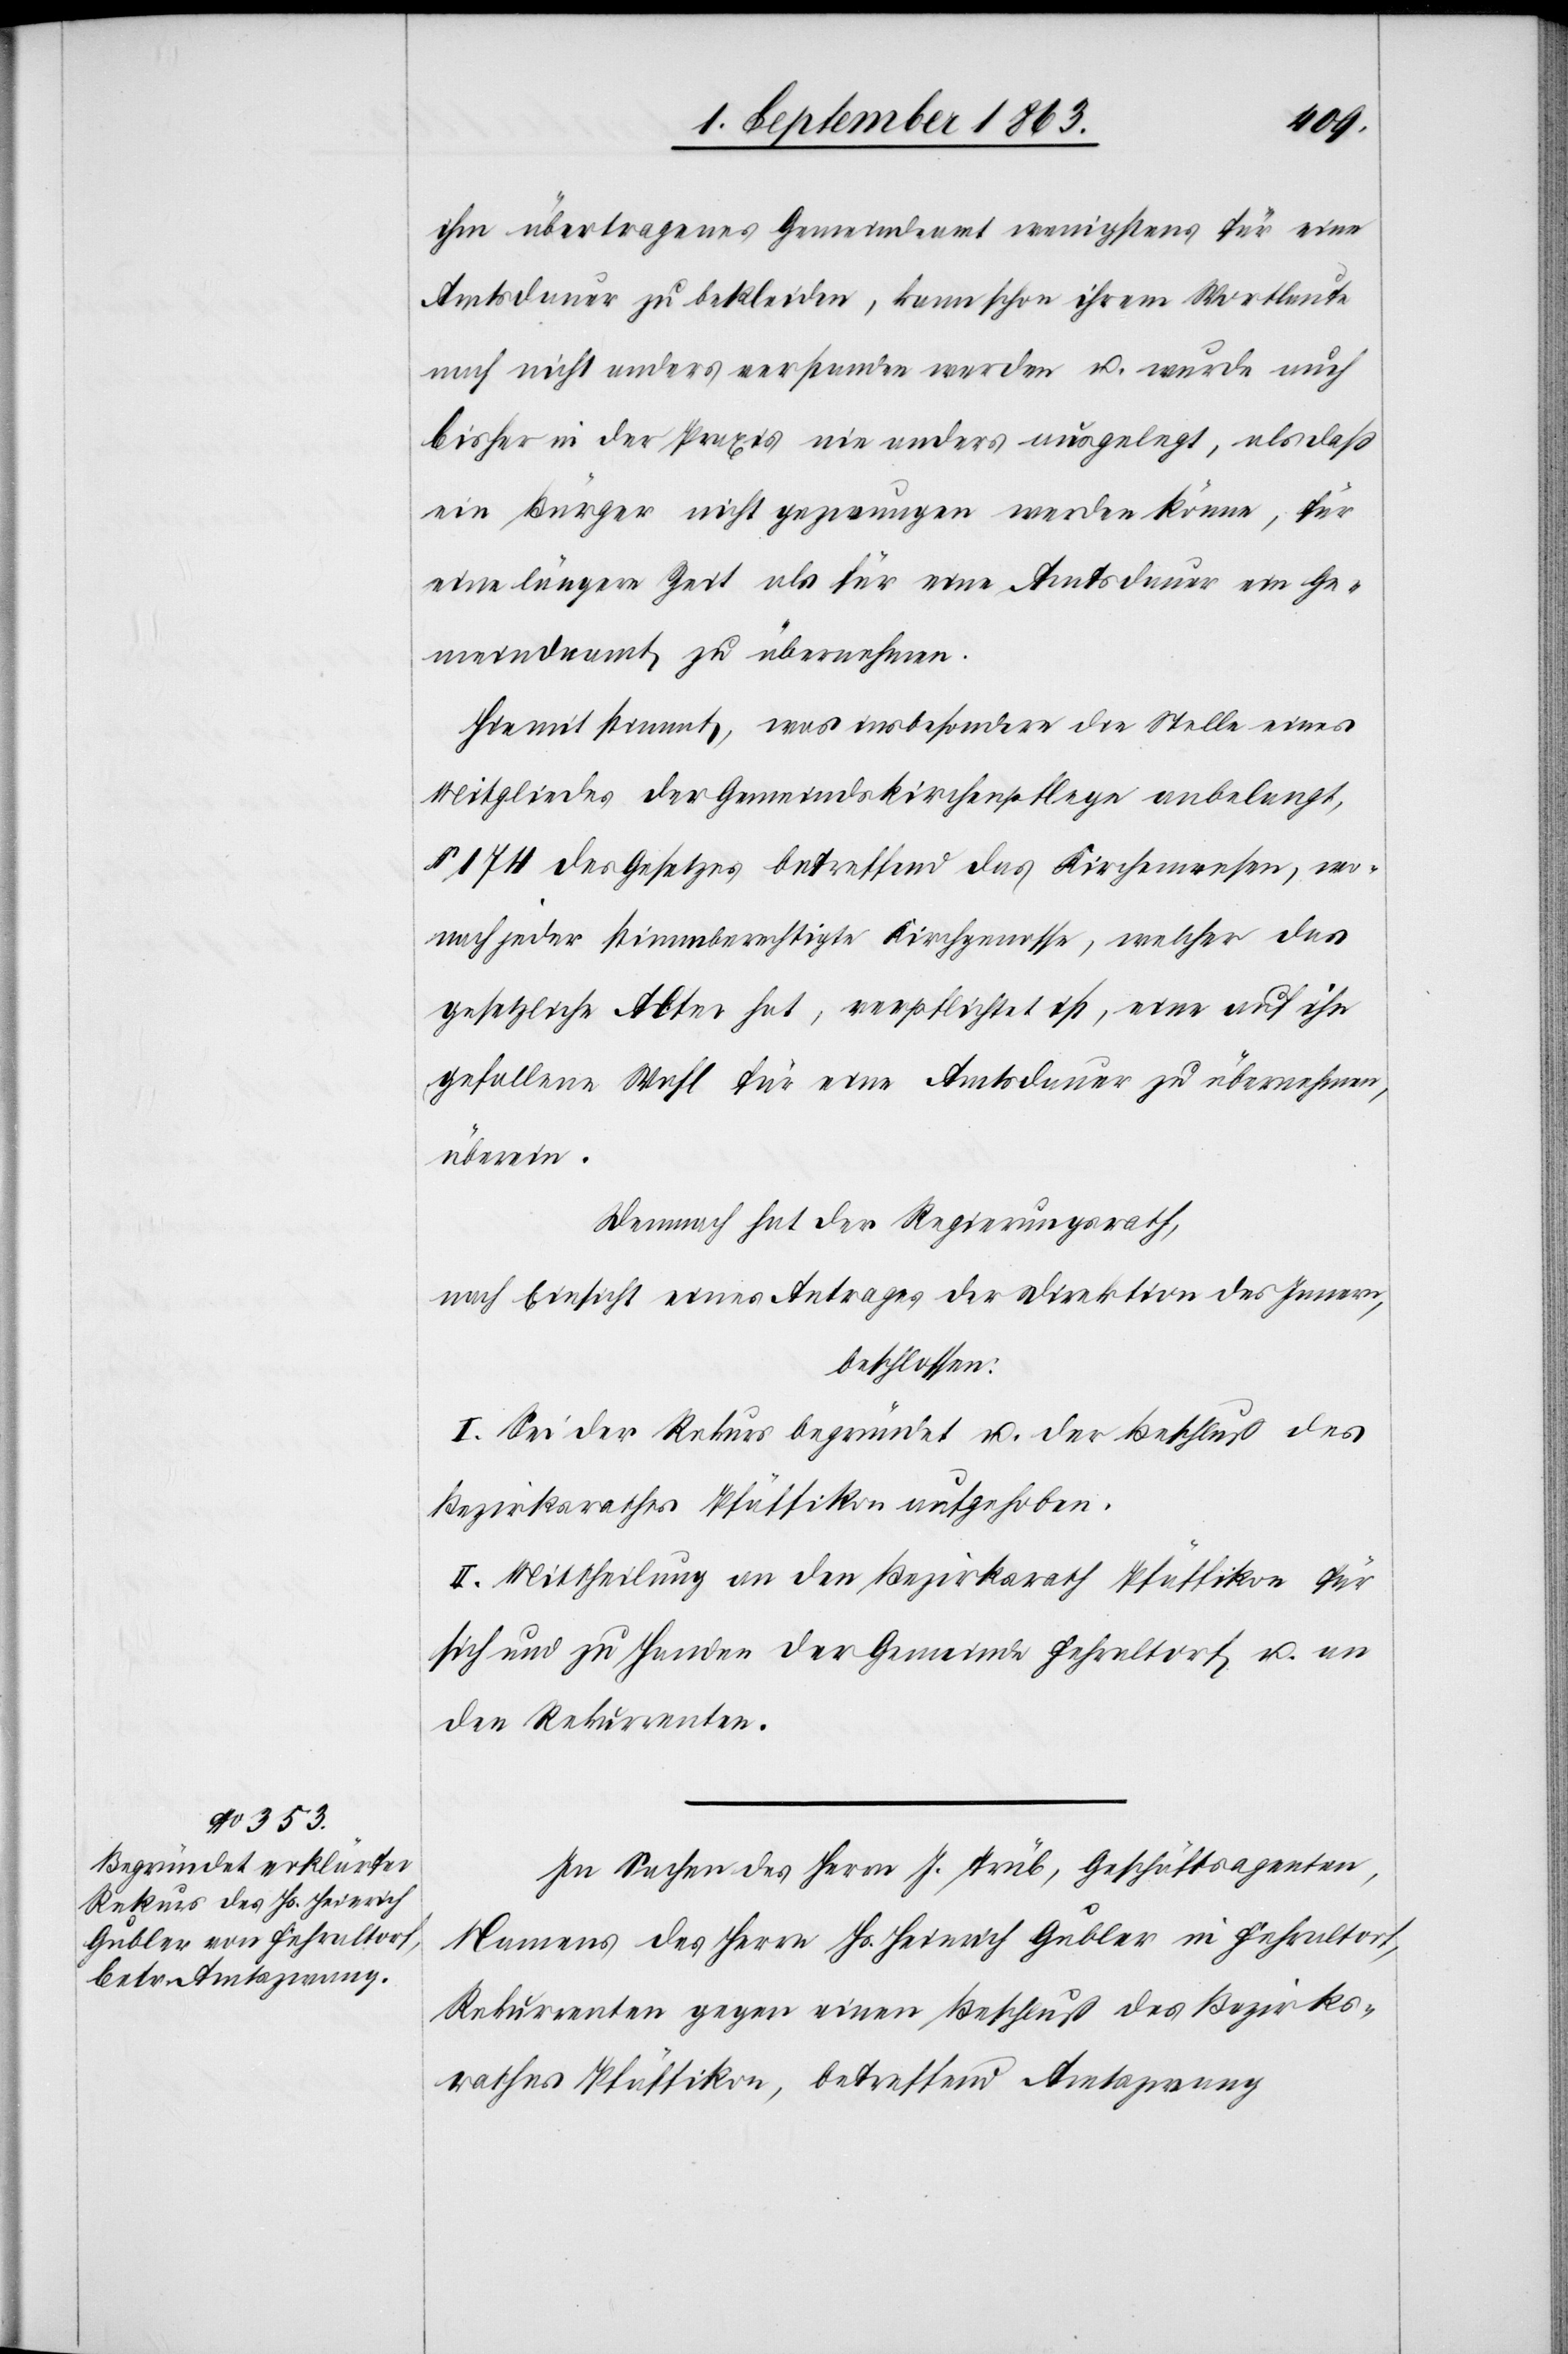
ihm übertragenes Gemeindeamt wenigstens für eine
Amtsdauer zu bekleiden, kann schon ihrem Wortlaute
nach nicht anders verstanden werden u. wurde auch
bisher in der Praxis nie anders ausgelegt, als daß
ein Bürger nicht gezwungen werden könne, für
eine längere Zeit als für eine Amtsdauer ein Ge¬
meindeamt zu übernehmen.
Hiemit stimmt, was insbesondere die Stelle eines
Mitgliedes der Gemeindskirchenpflege anbelangt,
§ 174 des Gesetzes betreffend das Kirchenwesen, wo¬
nach jeder stimmberechtigte Kirchgenosse, welcher das
gesetzliche Alter hat, verpflichtet ist, eine auf ihn
gefallene Wahl für eine Amtsdauer zu übernehmen,
überein.
Demnach hat der Regierungsrath,
nach Einsicht eines Antrages der Direktion des Innern,
beschlossen:
I. Sei der Rekurs begründet u. der Beschluß des
Bezirksrathes Pfäffikon aufgehoben.
II. Mittheilung an den Bezirksrath Pfäffikon für
sich und zu Handen der Gemeinde Fehraltorf u. an
den Rekurrenten.
In Sachen des Herrn J. Trüb, Geschäftsagenten,
namens des Herrn Hs. Heinrich Gubler in Fehraltorf,
Rekurrenten gegen einen Beschluß des Bezirks¬
rathes Pfäffikon, betreffend Amtszwang